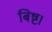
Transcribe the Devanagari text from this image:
बिष्ट।